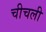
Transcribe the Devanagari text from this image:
चीचली